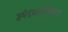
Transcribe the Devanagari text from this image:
उमेदवारांविरूध्द